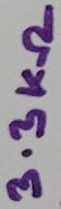
Text: 3.3KΩ